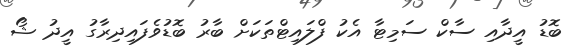
ބޮޑު އީދާއި ސާކް ސަމިޓާ އެކު ފްލައިޓްތަކަށް ބާރު ބޮޑުވެފައިދިރާގު އީދު ޝޯ